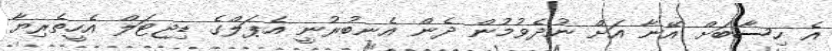
އެ ހިސާބަށް އޭނާ އަށް ނުދެވުމުން ދެން އެނބުރުނީ އެޕަލްގެ ޑިޖިޓަލް އެހީތެރިޔާ